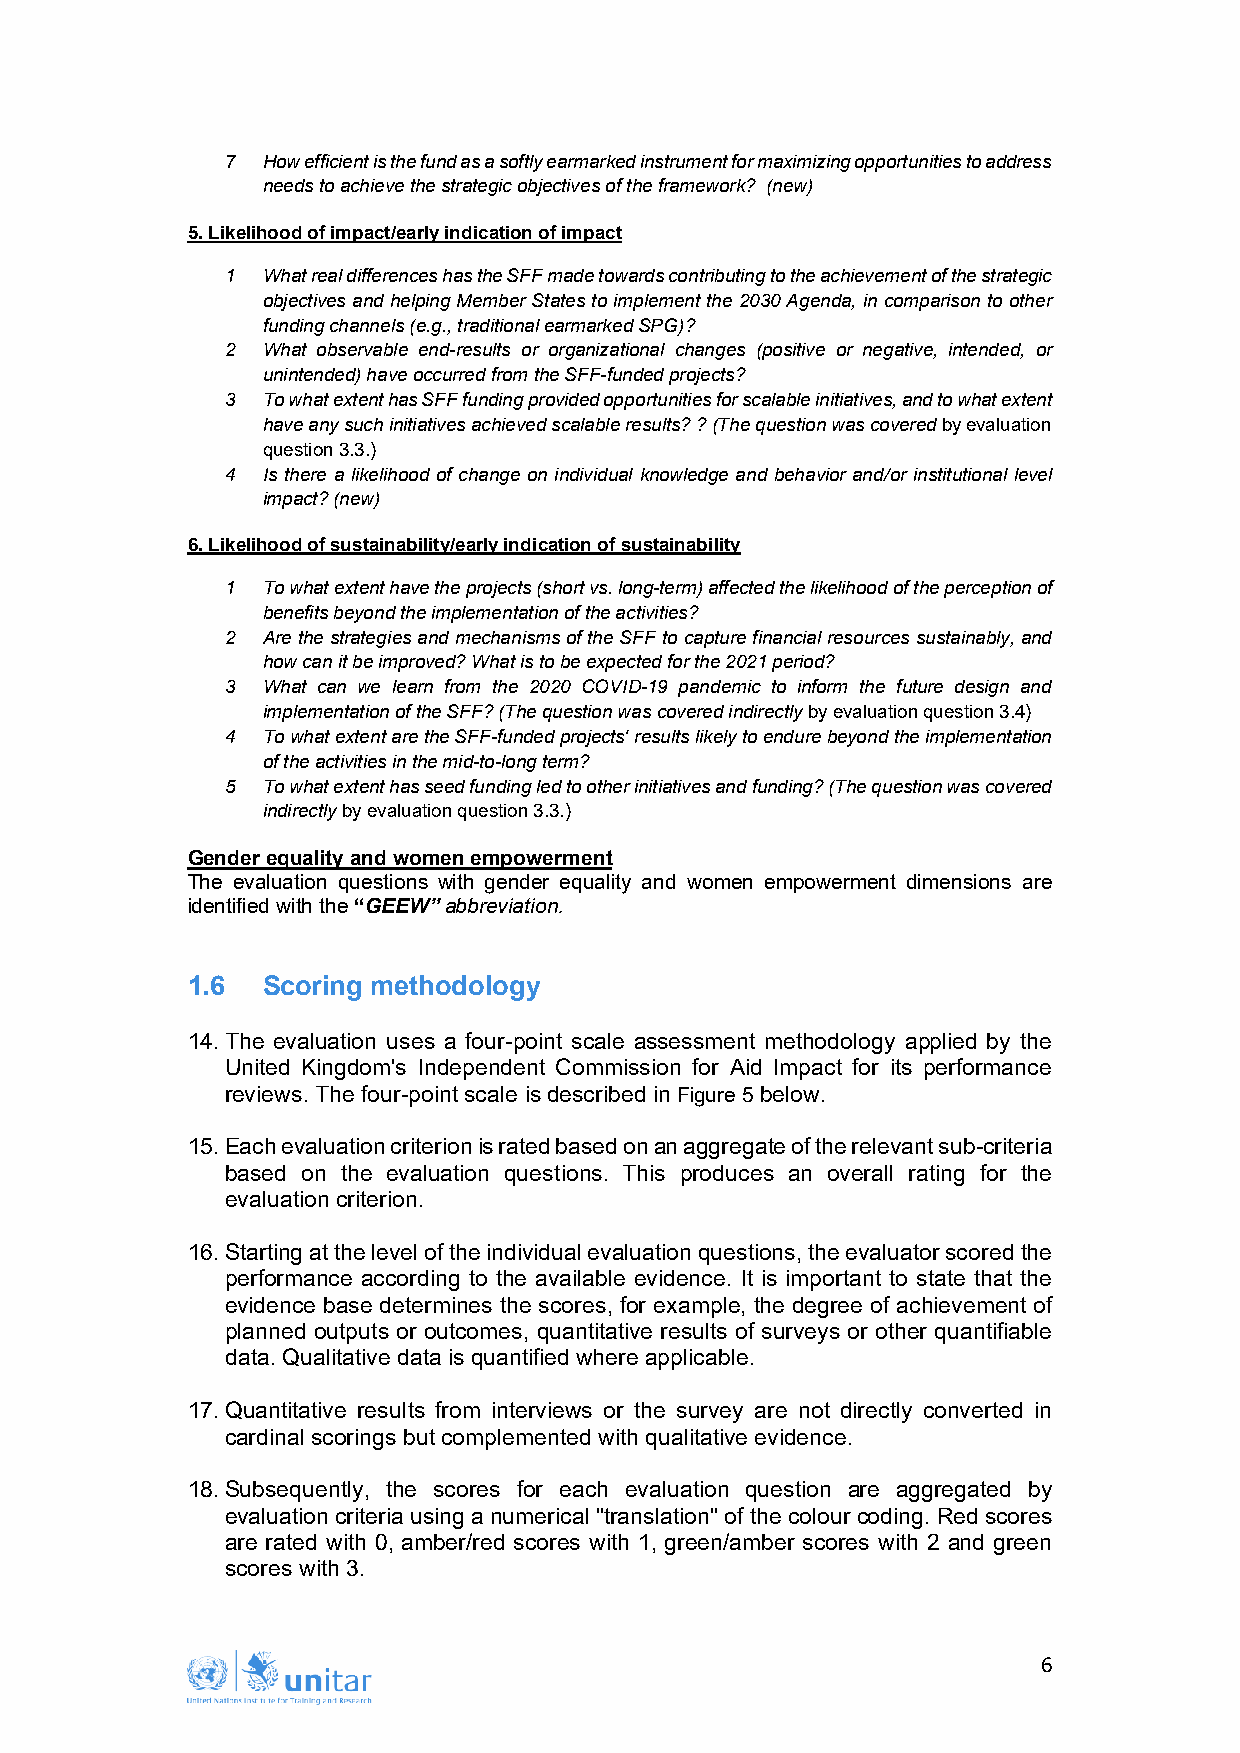
7 How efficient is the fund as a softly earmarked instrument for maximizing opportunities to address
 needs to achieve the strategic objectives of the framework? (new)
 5. Likelihood of impact/early indication of impact
 1 What real differences has the SFF made towards contributing to the achievement of the strategic
 objectives and helping Member States to implement the 2030 Agenda, in comparison to other
 funding channels (e.g., traditional earmarked SPG)?
 2 What observable end-results or organizational changes (positive or negative, intended, or
 unintended) have occurred from the SFF-funded projects?
 3 To what extent has SFF funding provided opportunities for scalable initiatives, and to what extent
 have any such initiatives achieved scalable results? ? (The question was covered by evaluation
 question 3.3.)
 4 Is there a likelihood of change on individual knowledge and behavior and/or institutional level
 impact? (new)
 6. Likelihood of sustainability/early indication of sustainability
 1 To what extent have the projects (short vs. long-term) affected the likelihood of the perception of
 benefits beyond the implementation of the activities?
 2 Are the strategies and mechanisms of the SFF to capture financial resources sustainably, and
 how can it be improved? What is to be expected for the 2021 period?
 3 What can we learn from the 2020 COVID-19 pandemic to inform the future design and
 implementation of the SFF? (The question was covered indirectly by evaluation question 3.4)
 4 To what extent are the SFF-funded projects' results likely to endure beyond the implementation
 of the activities in the mid-to-long term?
 5 To what extent has seed funding led to other initiatives and funding? (The question was covered
 indirectly by evaluation question 3.3.)
 Gender equality and women empowerment
 The evaluation questions with gender equality and women empowerment dimensions are
 identified with the “GEEW” abbreviation.
 1.6  Scoring methodology
 14. The evaluation uses a four-point scale assessment methodology applied by the
 United Kingdom's Independent Commission for Aid Impact for its performance
 reviews. The four-point scale is described in Figure 5 below.
 15. Each evaluation criterion is rated based on an aggregate of the relevant sub-criteria
 based on the evaluation questions. This produces an overall rating for the
 evaluation criterion.
 16. Starting at the level of the individual evaluation questions, the evaluator scored the
 performance according to the available evidence. It is important to state that the
 evidence base determines the scores, for example, the degree of achievement of
 planned outputs or outcomes, quantitative results of surveys or other quantifiable
 data. Qualitative data is quantified where applicable.
 17. Quantitative results from interviews or the survey are not directly converted in
 cardinal scorings but complemented with qualitative evidence.
 18. Subsequently, the scores for each evaluation question are aggregated by
 evaluation criteria using a numerical "translation" of the colour coding. Red scores
 are rated with 0, amber/red scores with 1, green/amber scores with 2 and green
 scores with 3.
 6